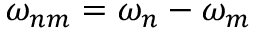
\omega _ { n m } = \omega _ { n } - \omega _ { m }